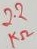
Text: 2.2KΩ